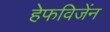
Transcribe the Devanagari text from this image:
हेफविजेंन